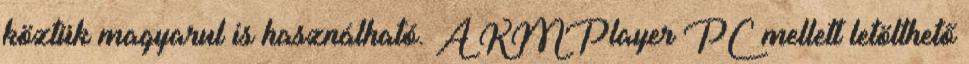
köztük magyarul is használható. A KMPlayer PC mellett letölthető